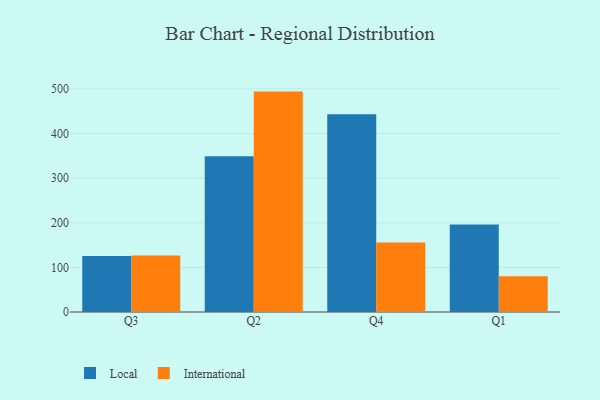
{"axis": {"x": "Quarter", "y": "Gross Profit (USD K)"}, "legend": ["International", "Local"], "data": [{"x": "Q3", "y": 125.6, "type": "Local"}, {"x": "Q3", "y": 126.7, "type": "International"}, {"x": "Q2", "y": 348.9, "type": "Local"}, {"x": "Q2", "y": 493.7, "type": "International"}, {"x": "Q4", "y": 442.9, "type": "Local"}, {"x": "Q4", "y": 155.6, "type": "International"}, {"x": "Q1", "y": 196.2, "type": "Local"}, {"x": "Q1", "y": 80.0, "type": "International"}]}